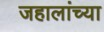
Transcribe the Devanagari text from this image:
जहालांच्या